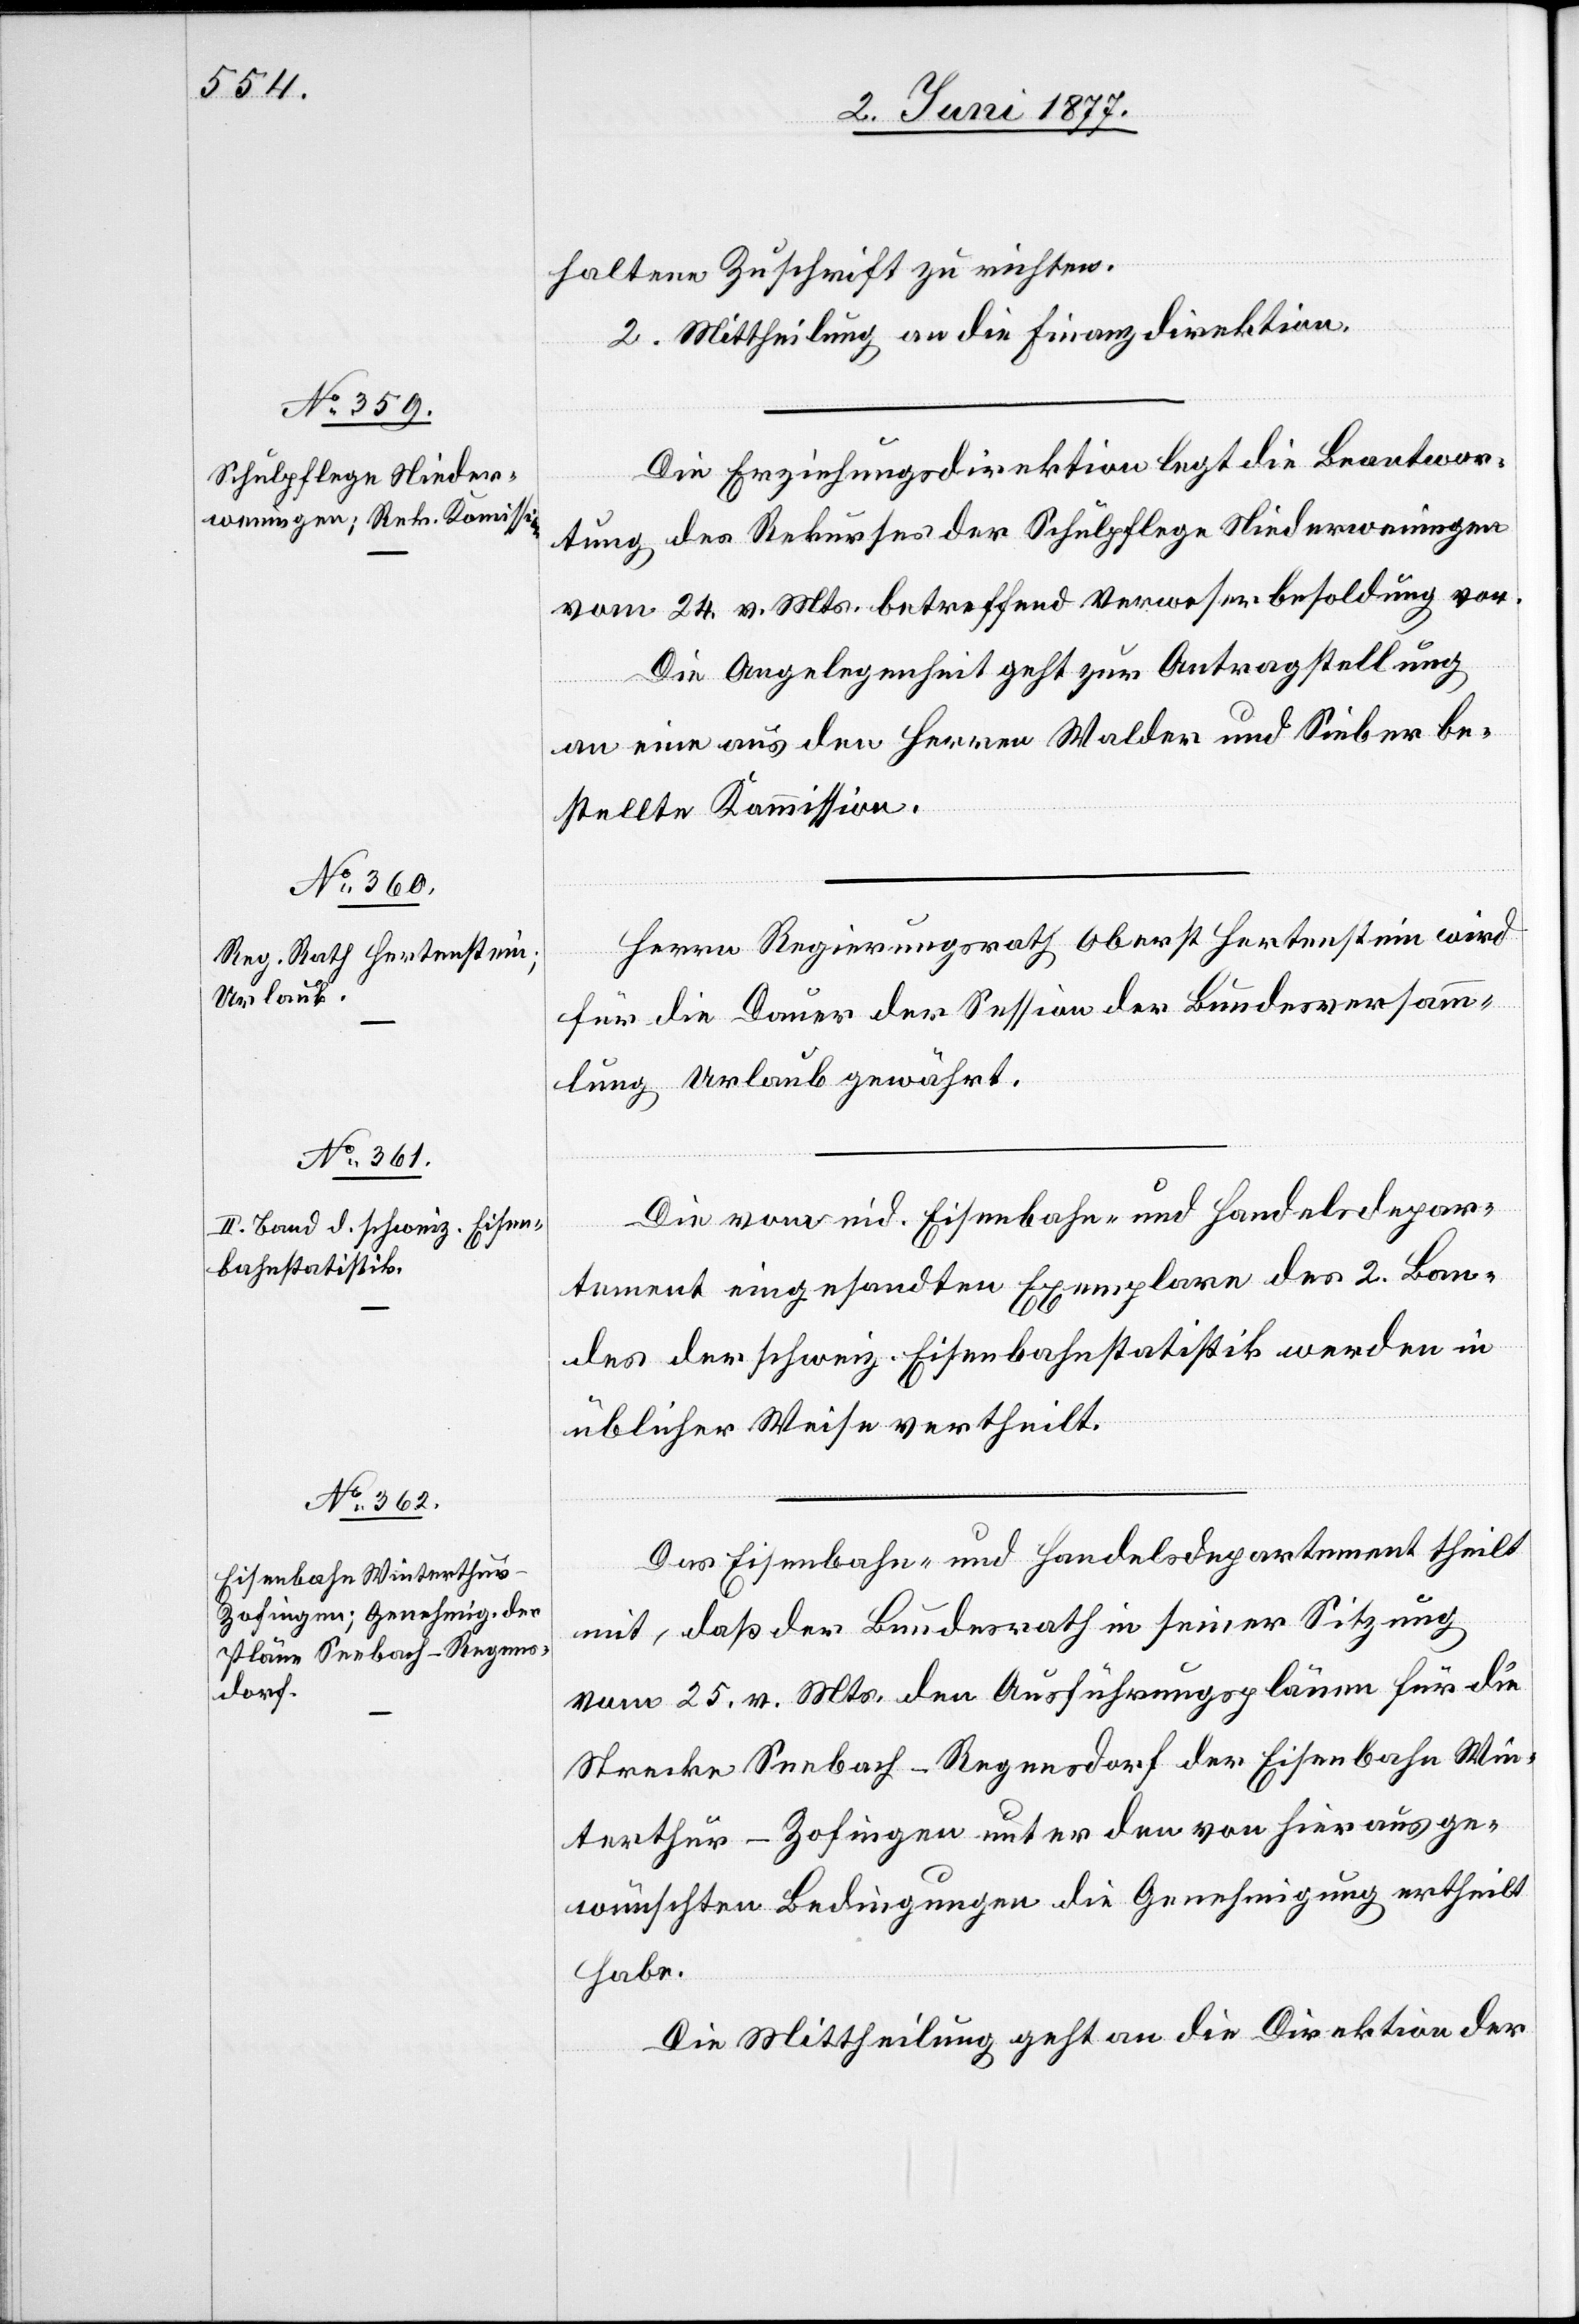
haltene Zuschrift zu richten.
2. Mittheilung an die Finanzdirektion.
Die Erziehungsdirektion legt die Beantwor¬
tung des Rekurses der Schulpflege Niederweningen
vom 24. v. Mts. betreffend Verweserbesoldung vor.
Die Angelegenheit geht zur Antragstellung
an eine aus den Herren Walder und Sieber be¬
stellte Kommission.
Herr Regierungsrath Oberst Hertenstein wird
für die Dauer der Session der Bundesversamm¬
lung Urlaub gewährt.
Die vom eid. Eisenbahn- und Handelsdepar¬
tement eingesandten Exemplare des 2. Ban¬
des der schweiz. Eisenbahnstatistik werden in
üblicher Weise vertheilt.
Das Eisenbahn- und Handelsdepartement theilt
mit, daß der Bundesrath in seiner Sitzung
vom 25. v. Mts. den Ausführungsplänen für die
Strecke Seebach–Regensdorf der Eisenbahn Win¬
terthur–Zofingen unter den von hieraus ge¬
wünschten Bedingungen die Genehmigung ertheilt
Die Mittheilung geht an die Direktion der